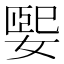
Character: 媐